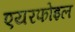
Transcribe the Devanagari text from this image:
एयरफोइल